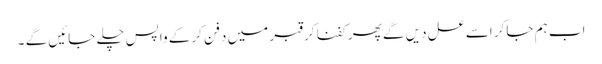
اب ہم جاکر اسے عسل دیں گے پھر کفنا کر قبر میں دفن کرکے واپس چلے جائیں گے ۔